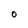
Character: o